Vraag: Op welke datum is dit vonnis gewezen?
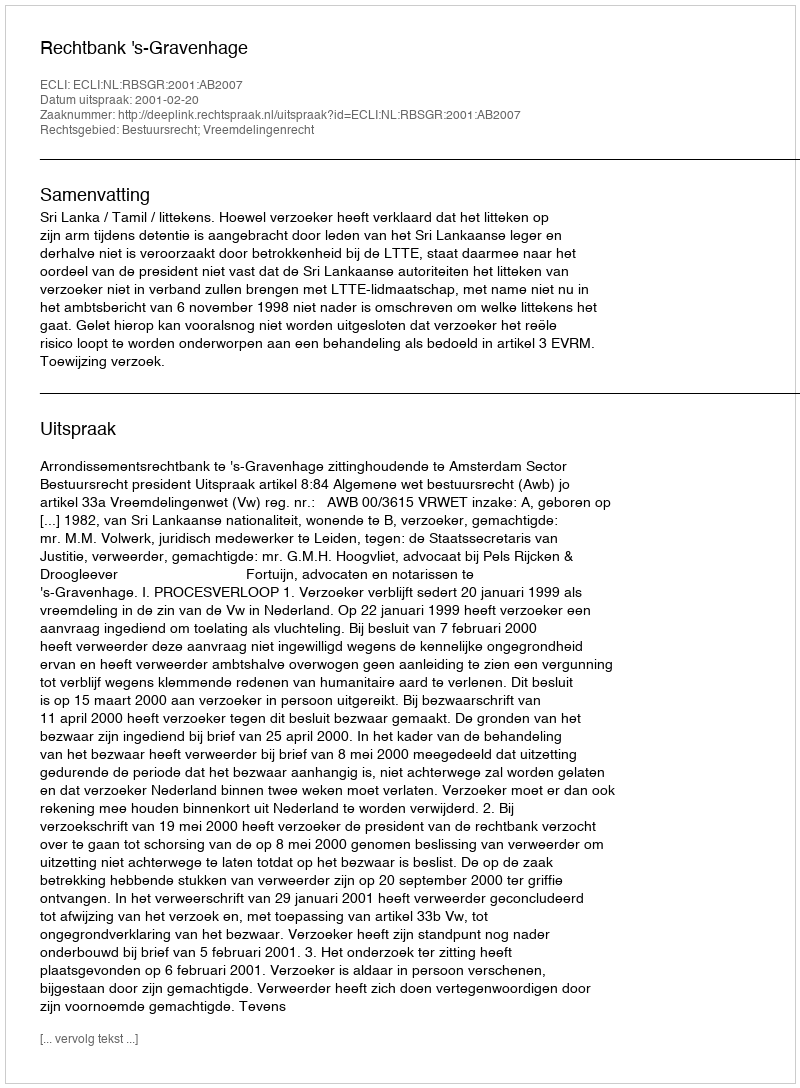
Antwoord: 2001-02-20